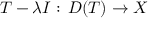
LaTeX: T - \lambda I : \, D ( T ) \to X